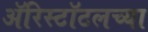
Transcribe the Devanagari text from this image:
ॲरिस्टॉटलच्या